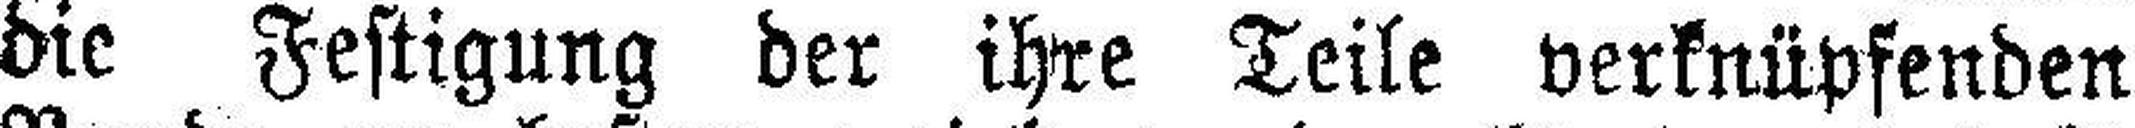
die Festigung der ihre Teile verknüpfenden